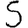
Digit: 5